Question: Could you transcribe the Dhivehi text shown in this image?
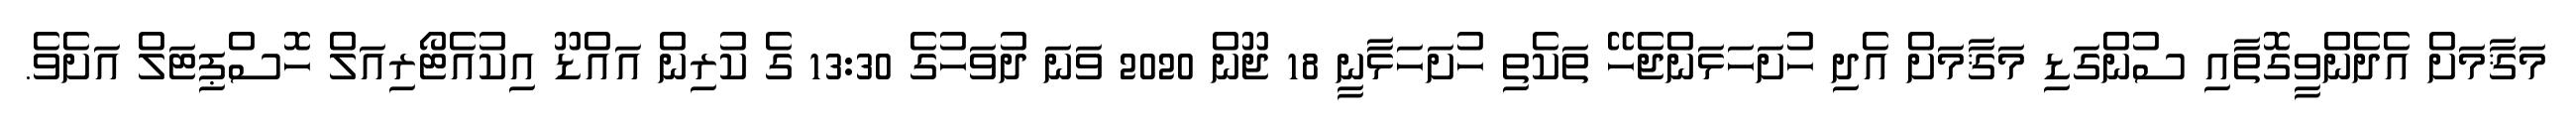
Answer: މަޤާމަށް އެދެންވީގޮތާއި ސުންގަޑި މަޤާމަށް އެދި ހުށަހަޅަންޖެހޭ ތަކެތި ހުށަހަޅާނީ 18 ޖޫން 2020 ވަނަ ދުވަހުގެ 13:30 ގެ ކުރިން އައްޑޫ އިކުއެޓޯރިއަލް ހޮސްޕިޓަލް އަށެވެ.